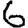
Digit: 6